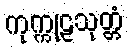
ကုက္ကုဠသုတ္တံ